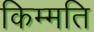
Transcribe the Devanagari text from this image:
किम्मति